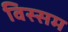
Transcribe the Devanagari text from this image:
विस्सम